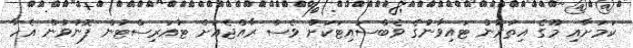
ކަމަށާއި މޫގެ އިތުރުން ޓައިވާނުގެ ވެބްސައިޓަކަށް ވެސް ރާއްޖެއަށް ޓުއަރިސްޓުން ފޮނުވުން އެހާ